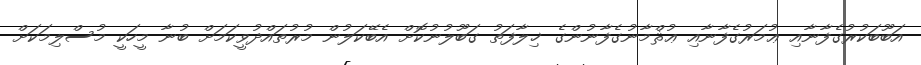
އަބޫބަކުރުގެފާނާއި ޢުމަރުގެފާނާއި ޢުޘްމާނުގެފާނުންގެ ޚިލާފަތު ގަބޫލުނުކޮށް އެބޭކަލުން މުރުތައްދުވީކަމަށް ބުނާ މީހަކީ މުސްލިމަކަށް